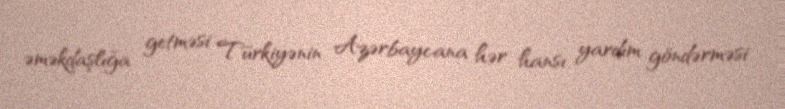
əməkdaşlığa getməsi Türkiyənin Azərbaycana hər hansı yardım göndərməsi